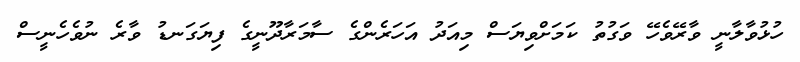
ހުޅުވާލާނީ ވާރޭވެހޭ ވަގުތު ކަމަށްވިޔަސް މިއަދު އަހަރެންގެ ސާމަރާދޫނީގެ ފިޔަގަނޑު ވާރެ ނުވެހެނީސް